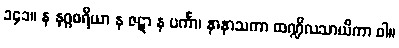
၁၄၁။ န နဂ္ဂစရိယာ န ဇဋာ န ပင်္ကာ၊ နာနာသကာ ထဏ္ဍိလသာယိကာ ဝါ။